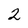
Character: 2